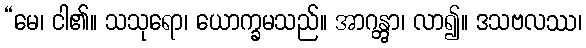
“မေ၊ ငါ၏။ သသုရော၊ ယောက္ခမသည်။ အာဂန္တွာ၊ လာ၍။ ဒသဗလဿ၊